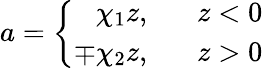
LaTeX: a=\left\{ \begin{array}{rl}{{\chi_{1}z,}}&{{\; \ \ z<0}}\\ {{\mp\chi_{2}z,}}&{{\; \ \ z>0}}\end{array}\right.